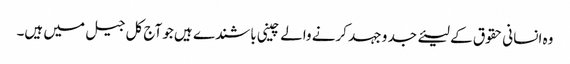
وہ انسانی حقوق کے لیئے جد و جہد کرنے والے چینی باشندے ہیں جو آج کل جیل میں ہیں۔